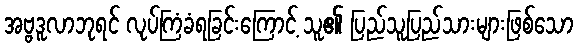
အဗ္ဗဒူလာဘုရင် လုပ်ကြံခံရခြင်းကြောင့် သူ၏ ပြည်သူပြည်သားများဖြစ်သော